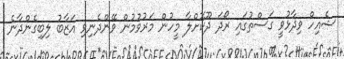
ޝެއިހް ވިދާޅުވީ ގަސްތުގައި ރޯދަ ދޫކޮށްލާ މީހުން މަރުވުމުން ވޭންދެނިވި އަޒާބު ލިބިގެންދާނެ